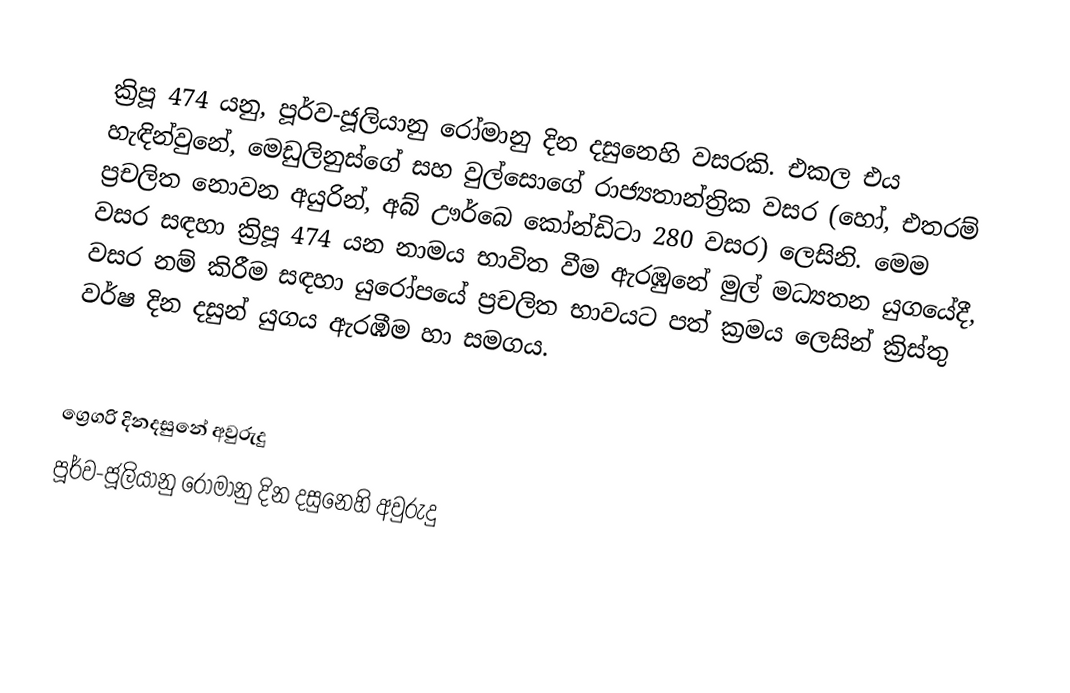

ක්‍රිපූ 474 යනු, පූර්ව-ජූලියානු රෝමානු දින දසුනෙහි වසරකි. එකල එය හැඳින්වුනේ, මෙඩුලිනුස්ගේ සහ වුල්සොගේ රාජ්‍යතාන්ත්‍රික වසර (හෝ, එතරම් ප්‍රචලිත නොවන අයුරින්, අබ් ඌර්බෙ කෝන්ඩිටා 280 වසර) ලෙසිනි. මෙම වසර සඳහා ක්‍රිපූ 474 යන නාමය භාවිත වීම ඇරඹුනේ මුල්  මධ්‍යතන යුගයේදී, වසර නම් කිරීම සඳහා යුරෝපයේ ප්‍රචලිත භාවයට පත් ක්‍රමය ලෙසින් ක්‍රිස්තු වර්ෂ දින දසුන් යුගය ඇරඹීම හා සමගය.

ග්‍රෙගරි දිනදසුනේ අවුරුදු
පූර්ව-ජූලියානු රෝමානු දින දසුනෙහි අවුරුදු